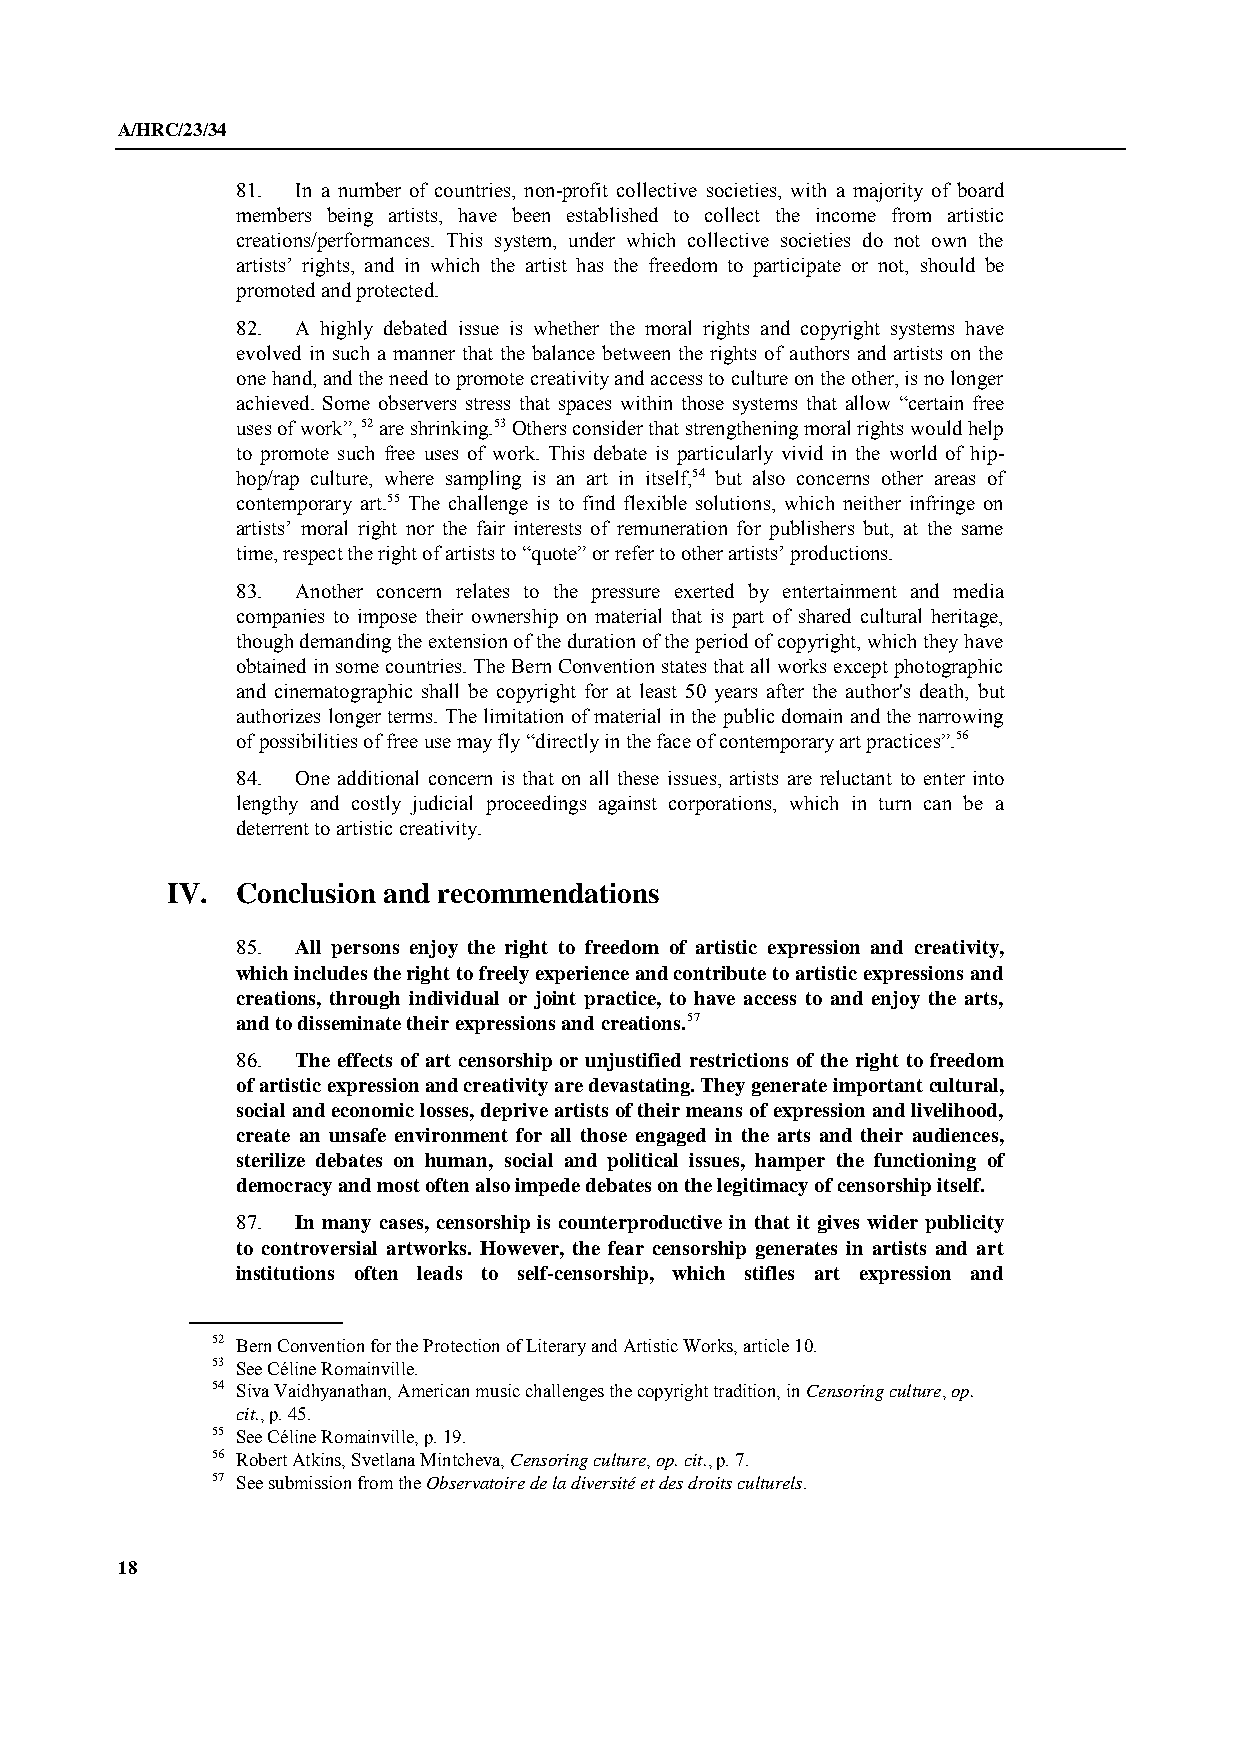
A/HRC/23/34
 81. In a number of countries, non-profit collective societies, with a majority of board
 members being artists, have been established to collect the income from artistic
 creations/performances. This system, under which collective societies do not own the
 artists’ rights, and in which the artist has the freedom to participate or not, should be
 promoted and protected.
 82. A highly debated issue is whether the moral rights and copyright systems have
 evolved in such a manner that the balance between the rights of authors and artists on the
 one hand, and the need to promote creativity and access to culture on the other, is no longer
 achieved. Some observers stress that spaces within those systems that allow “certain free
 uses of work”, 52 are shrinking.53 Others consider that strengthening moral rights would help
 to promote such free uses of work. This debate is particularly vivid in the world of hip-
 hop/rap culture, where sampling is an art in itself,54 but also concerns other areas of
 contemporary art.55 The challenge is to find flexible solutions, which neither infringe on
 artists’ moral right nor the fair interests of remuneration for publishers but, at the same
 time, respect the right of artists to “quote” or refer to other artists’ productions.
 83. Another concern relates to the pressure exerted by entertainment and media
 companies to impose their ownership on material that is part of shared cultural heritage,
 though demanding the extension of the duration of the period of copyright, which they have
 obtained in some countries. The Bern Convention states that all works except photographic
 and cinematographic shall be copyright for at least 50 years after the author's death, but
 authorizes longer terms. The limitation of material in the public domain and the narrowing
 of possibilities of free use may fly “directly in the face of contemporary art practices”.56
 84. One additional concern is that on all these issues, artists are reluctant to enter into
 lengthy and costly judicial proceedings against corporations, which in turn can be a
 deterrent to artistic creativity.
 IV.  Conclusion and recommendations
 85. All persons enjoy the right to freedom of artistic expression and creativity,
 which includes the right to freely experience and contribute to artistic expressions and
 creations, through individual or joint practice, to have access to and enjoy the arts,
 and to disseminate their expressions and creations.57
 86. The effects of art censorship or unjustified restrictions of the right to freedom
 of artistic expression and creativity are devastating. They generate important cultural,
 social and economic losses, deprive artists of their means of expression and livelihood,
 create an unsafe environment for all those engaged in the arts and their audiences,
 sterilize debates on human, social and political issues, hamper the functioning of
 democracy and most often also impede debates on the legitimacy of censorship itself.
 87. In many cases, censorship is counterproductive in that it gives wider publicity
 to controversial artworks. However, the fear censorship generates in artists and art
 institutions often leads to self-censorship, which stifles art expression and
 52 Bern Convention for the Protection of Literary and Artistic Works, article 10.
 53 See Céline Romainville.
 54 Siva Vaidhyanathan, American music challenges the copyright tradition, in Censoring culture, op.
 cit., p. 45.
 55 See Céline Romainville, p. 19.
 56 Robert Atkins, Svetlana Mintcheva, Censoring culture, op. cit., p. 7.
 57 See submission from the Observatoire de la diversité et des droits culturels.
 18